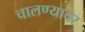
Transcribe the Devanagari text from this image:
चालण्यावर